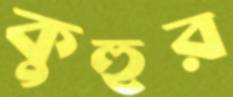
কুহুর